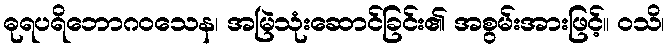
ဓုရပရိဘောဂဝသေန၊ အမြဲသုံးဆောင်ခြင်း၏ အစွမ်းအားဖြင့်။ ဝသိ၊